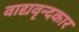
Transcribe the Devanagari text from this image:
वाद्यवृन्दकार